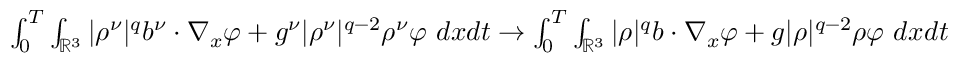
\begin{array} { r } { \int _ { 0 } ^ { T } \int _ { \mathbb { R } ^ { 3 } } | \rho ^ { \nu } | ^ { q } b ^ { \nu } \cdot \nabla _ { x } \varphi + g ^ { \nu } | \rho ^ { \nu } | ^ { q - 2 } \rho ^ { \nu } \varphi ~ d x d t \to \int _ { 0 } ^ { T } \int _ { \mathbb { R } ^ { 3 } } | \rho | ^ { q } b \cdot \nabla _ { x } \varphi + g | \rho | ^ { q - 2 } \rho \varphi ~ d x d t } \end{array}